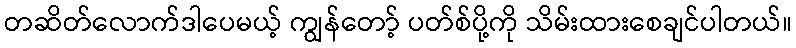
တဆိတ်လောက်ဒါပေမယ့် ကျွန်တော့် ပတ်စ်ပို့ကို သိမ်းထားစေချင်ပါတယ်။